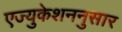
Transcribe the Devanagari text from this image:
एज्युकेशननुसार